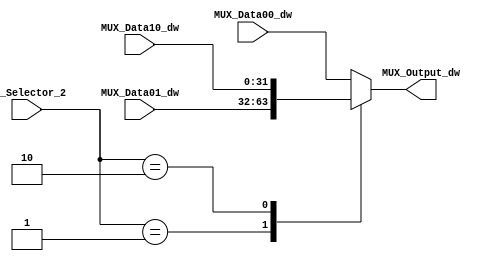
/******************************************************************
* Description
*	This is a  an 3to1 multiplexer that can be parameterized in its bit-width.
*	1.0
* Author:
*	Mariana Chvez Medina
*	Daro Arias Muoz
* Date:
*	03/05/2020
******************************************************************/

module Multiplexer3to1
#(
	parameter NBits=32
)
(
	input [1:0]       in_Selector_2,
	input [NBits-1:0] MUX_Data00_dw,
	input [NBits-1:0] MUX_Data01_dw,
	input [NBits-1:0] MUX_Data10_dw,
	
	output reg [NBits-1:0] MUX_Output_dw
);

localparam Select_00    = 2'b 00;
localparam Select_01    = 2'b 01;
localparam Select_10    = 2'b 10;


	always@(*) begin
		case(in_Selector_2)
			Select_00: MUX_Output_dw = MUX_Data00_dw;
			Select_01: MUX_Output_dw = MUX_Data01_dw;
			Select_10: MUX_Output_dw = MUX_Data10_dw;
			default:
				MUX_Output_dw = MUX_Data00_dw;
		endcase
	end

endmodule
//mux21//